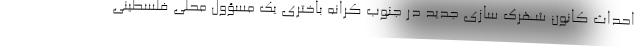
احداث کانون شهرک سازی جدید در جنوب کرانه باختری یک مسؤول محلی فلسطینی